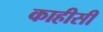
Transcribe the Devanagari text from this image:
काहीसी